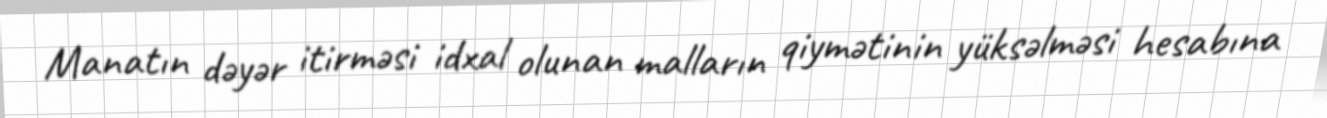
Manatın dəyər itirməsi idxal olunan malların qiymətinin yüksəlməsi hesabına